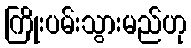
ကြိုးပမ်းသွားမည်ဟု